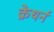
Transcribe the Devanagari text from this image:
क्रेथर्न